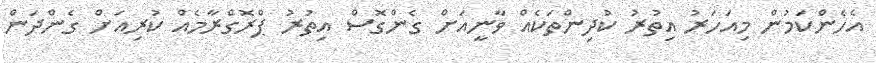
އެހެންކަމުން މިއަހަރު އިތުރު ކުދިންތަކެއް ވާނީއަށް ގެންގޮސް އިތުރު ޕްރޮގްރާމެއް ކުރިއަށް ގެންދަން